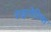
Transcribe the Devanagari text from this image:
राइनोरिया